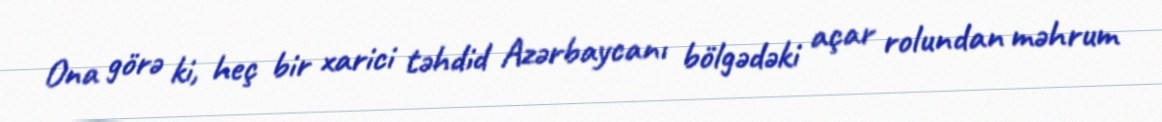
Ona görə ki, heç bir xarici təhdid Azərbaycanı bölgədəki açar rolundan məhrum